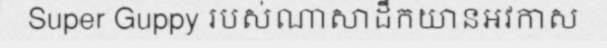
Super Guppy របស់ណាសាដឹកយានអវកាស